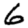
Digit: 6